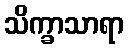
သိက္ခာသာရာ